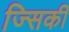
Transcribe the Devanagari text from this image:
ज्सिकी